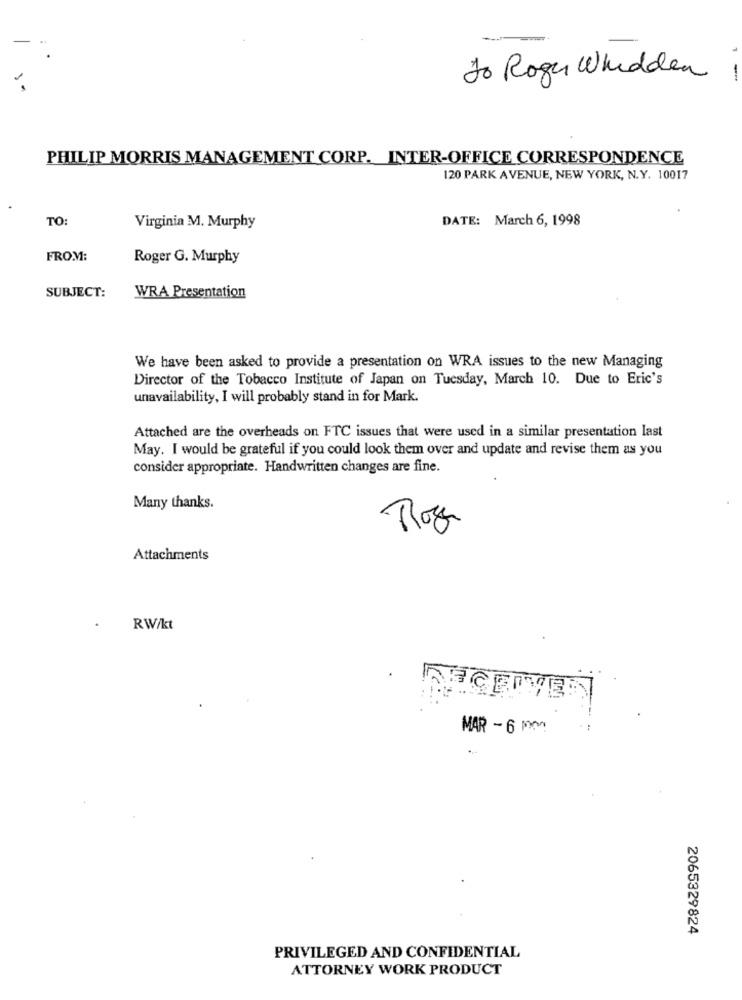
to Rogn Whidden
-
PHILIP MORRIS MANAGEMENT CORP. INTER-OFFICE CORRESPONDENCE
120 PARK AVENUE, NEW YORK, N.Y. 10017
TO
DATE: March 6, 1998
Virginia M. Murphy
FROM:
Roger G. Murphy
SUBJECT:
WRA Presentation
We have been asked to provide a presentation on WRA issues to the new Managing
Director of the Tobacco Institute of Japan on Tuesday, March 10. Due to Eric's
unavailability, I will probably stand in for Mark.
Attached are the overheads on FTC issues that were used in a similar presentation last
May. I would be grateful if you could look them over and update and revise them as you
consider appropriate. Handwritten changes are fine.
Many thanks.
Roz
Attachments
RW/kt
RECEIVED
MAR - 6 PM
2065329824
PRIVILEGED AND CONFIDENTIAL
ATTORNEY WORK PRODUCT